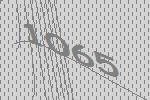
1065